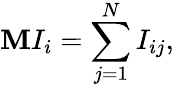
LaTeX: \mathbf{M}I_{i}=\sum_{j=1}^{N}I_{ij},